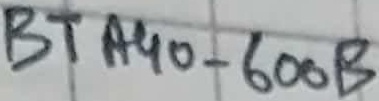
Text: BTA40-600B